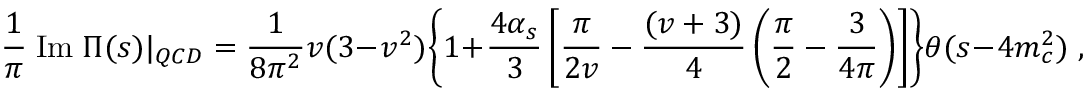
\frac { 1 } { \pi } \; \mathrm { I m } \; \Pi ( s ) | _ { Q C D } = \frac { 1 } { 8 \pi ^ { 2 } } v ( 3 - v ^ { 2 } ) \Biggl \{ 1 + \frac { 4 \alpha _ { s } } { 3 } \left[ \frac { \pi } { 2 v } - \frac { ( v + 3 ) } { 4 } \left( \frac { \pi } { 2 } - \frac { 3 } { 4 \pi } \right) \right] \Biggr \} \theta ( s - 4 m _ { c } ^ { 2 } ) \; ,